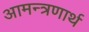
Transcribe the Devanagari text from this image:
आमन्त्रणार्थ